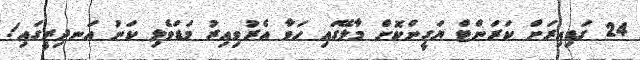
24 ގަޑިއިރަށް ކަރަންޓް ޔަގީންކޮށް މާލޭގައި ހަވާ އެރުވިއިރު މަޑަވެލި ކަނު އަނދިރީގައި!